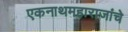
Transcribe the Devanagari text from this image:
एकनाथमहाराजांचे